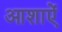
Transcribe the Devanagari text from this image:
आशाऐं